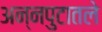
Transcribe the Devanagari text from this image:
अन्नपुटातले